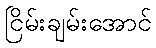
ငြိမ်းချမ်းအောင်